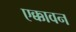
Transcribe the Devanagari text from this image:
एक्कावन